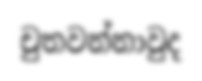
චුතවන්නාවුද